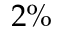
2 \%